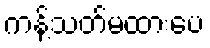
ကန့်သတ်မထားပေ